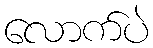
လောက်ပဲ